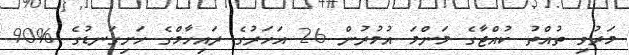
މަރުވި ތުއްތު ކުއްޖާގެ މަންމަ އުމުރުން 26 އަހަރުގެ ރައިހާމްގެ ހަށިގަނޑުގެ %90